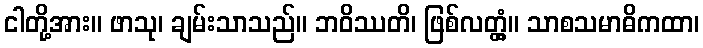
ငါတို့အား။ ဖာသု၊ ချမ်းသာသည်။ ဘဝိဿတိ၊ ဖြစ်လတ္တံ့။ သာစသမာဓိကထာ၊